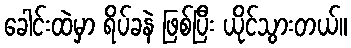
ခေါင်းထဲမှာ ရိပ်ခနဲ ဖြစ်ပြီး ယိုင်သွားတယ်။